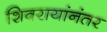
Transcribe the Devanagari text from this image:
शिवरायांनंतर